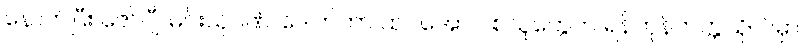
နောက်ပြီး ဇော်ဂျီ၊ မင်းသုဝဏ်၊ ဒေါက်တာ ထင်အောင် စသူတွေက ရန်ကုန်တက္ကသိုလ်မှာ